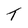
Character: t